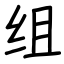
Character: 组